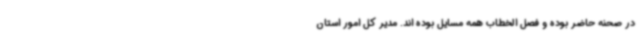
در صحنه حاضر بوده و فصل الخطاب همه مسایل بوده اند. مدیر کل امور استان